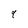
Character: 9